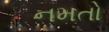
નમતો